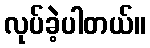
လုပ်ခဲ့ပါတယ်။